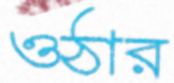
ওঠার